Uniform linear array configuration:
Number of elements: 8
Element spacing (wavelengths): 0.25
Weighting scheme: kaiser
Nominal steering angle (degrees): -15
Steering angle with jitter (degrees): -15.522
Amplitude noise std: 0.05
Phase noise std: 0.05

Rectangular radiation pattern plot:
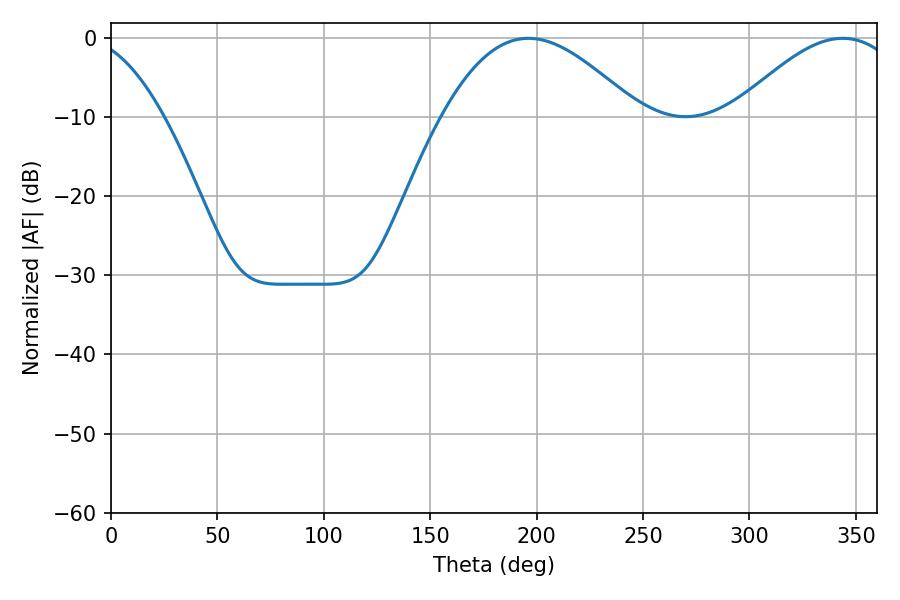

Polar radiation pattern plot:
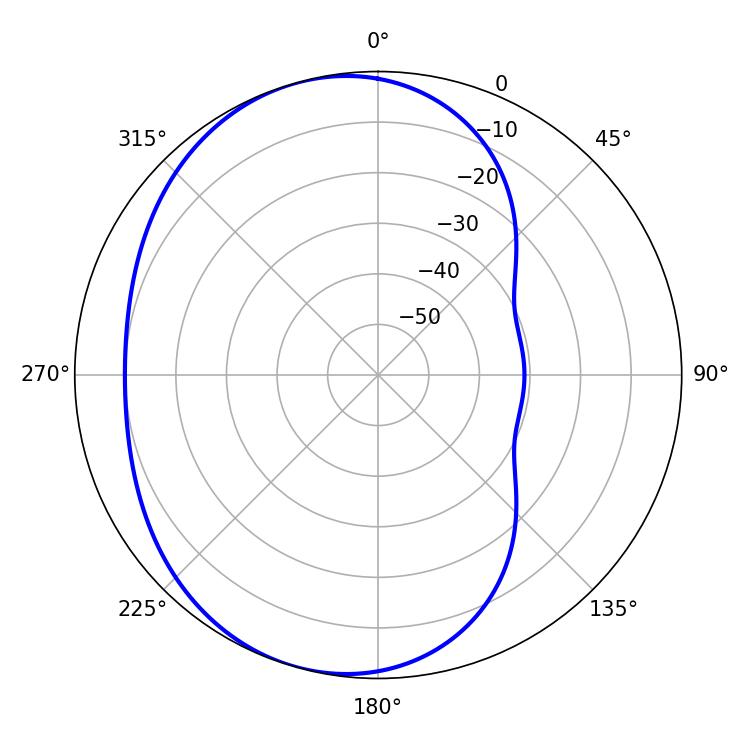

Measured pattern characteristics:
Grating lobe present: FALSE
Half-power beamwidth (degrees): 49.86
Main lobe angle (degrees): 196.2